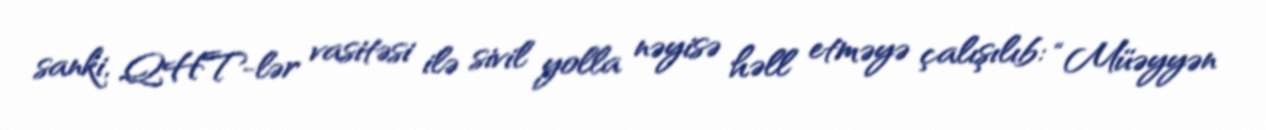
sanki, QHT-lər vasitəsi ilə sivil yolla nəyisə həll etməyə çalışılıb: “Müəyyən